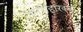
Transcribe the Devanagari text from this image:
जगसंहारकर्ता